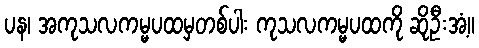
ပန၊ အကုသလကမ္မပထမှတစ်ပါး ကုသလကမ္မပထကို ဆိုဦးအံ့။